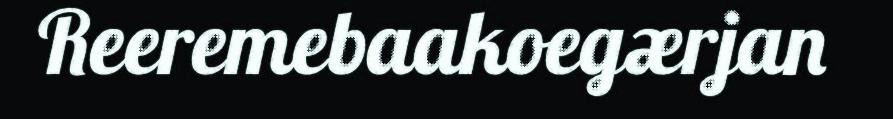
Reeremebaakoegærjan